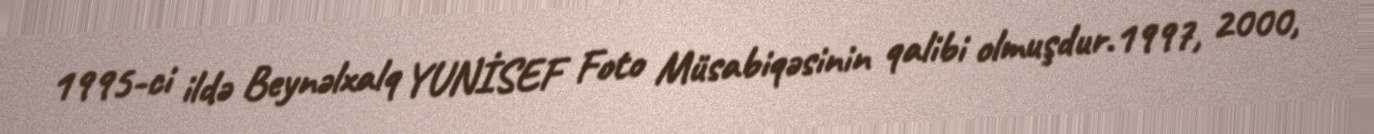
1995-ci ildə Beynəlxalq YUNİSEF Foto Müsabiqəsinin qalibi olmuşdur.1997, 2000,